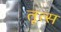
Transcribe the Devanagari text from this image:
तृत्स